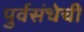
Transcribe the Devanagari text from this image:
पुर्वसंधेची